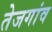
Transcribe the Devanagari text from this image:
तेजगांव